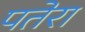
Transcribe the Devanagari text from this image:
पतेरा